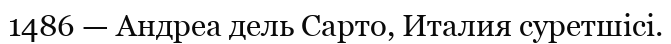
1486 — Андреа дель Сарто, Италия суретшісі.